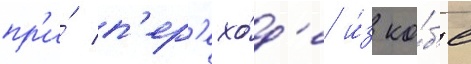
пр'и́ п'ер'ехо́д'е и́з ко́б'е